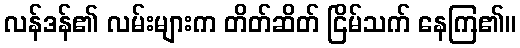
လန်ဒန်၏ လမ်းများက တိတ်ဆိတ် ငြိမ်သက် နေကြ၏။